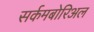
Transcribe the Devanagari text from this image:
सर्कमबोरिअल